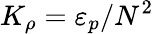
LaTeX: K_{\rho}=\varepsilon_{p}/N^{2}